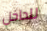
للداخل